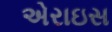
એરાઇસ